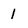
Character: 1